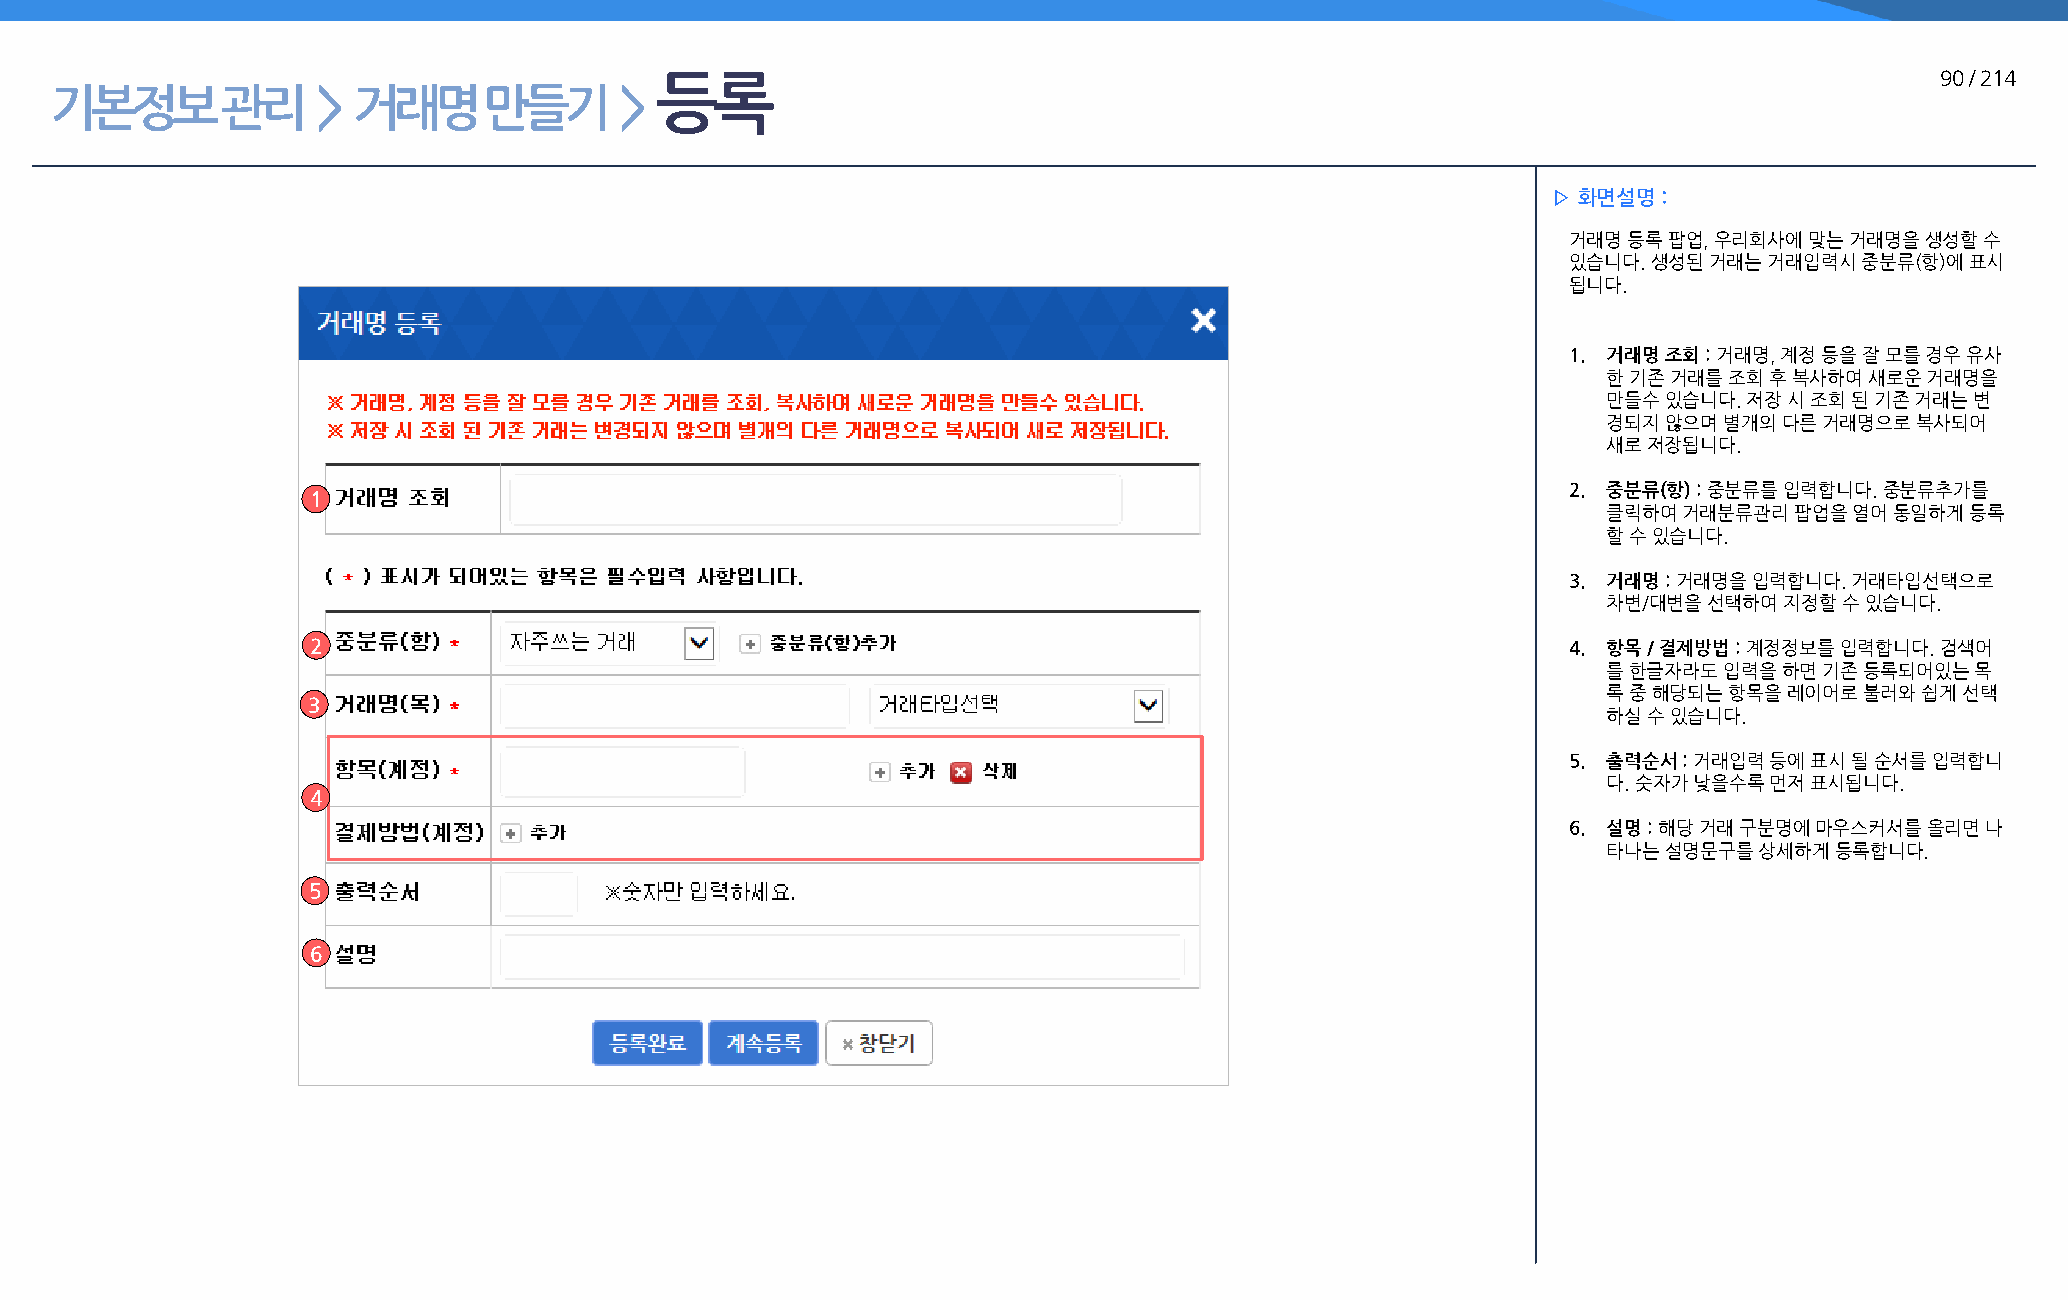
등록                                                                                   90 / 214
 기본정보        관리    > 거래명      만들기      >
 ▷ 화면설명 :
 거래명 등록 팝업, 우리회사에 맞는 거래명을 생성할 수
 있습니다. 생성된 거래는 거래입력시 중분류(항)에 표시
 됩니다.
 1. 거래명 조회 : 거래명, 계정 등을 잘 모를 경우 유사
 한 기존 거래를 조회 후 복사하여 새로운 거래명을
 만들수 있습니다. 저장 시 조회 된 기존 거래는 변
 경되지 않으며 별개의 다른 거래명으로 복사되어
 새로 저장됩니다.
 2. 중분류(항) : 중분류를 입력합니다. 중분류추가를
 1
 클릭하여 거래분류관리  팝업을 열어 동일하게 등록
 할 수 있습니다.
 3. 거래명 : 거래명을 입력합니다. 거래타입선택으로
 차변/대변을 선택하여 지정할 수 있습니다.
 2                                                                                  4. 항목 / 결제방법 : 계정정보를 입력합니다. 검색어
 를 한글자라도 입력을 하면 기존 등록되어있는 목
 록 중 해당되는 항목을 레이어로 불러와 쉽게 선택
 3
 하실 수 있습니다.
 5. 출력순서 : 거래입력 등에 표시 될 순서를 입력합니
 다. 숫자가 낮을수록 먼저 표시됩니다.
 4
 6. 설명 : 해당 거래 구분명에 마우스커서를 올리면 나
 타나는 설명문구를 상세하게 등록합니다.
 5
 6